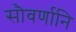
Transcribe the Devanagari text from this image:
सौवर्णानि